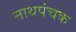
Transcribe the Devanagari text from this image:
नाथपंचक